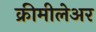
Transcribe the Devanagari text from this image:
क्रीमीलेअर